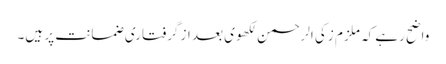
واضح رہے کہ ملزم زکی الرحمن لکھوی بعد از گرفتاری ضمانت پر ہیں۔